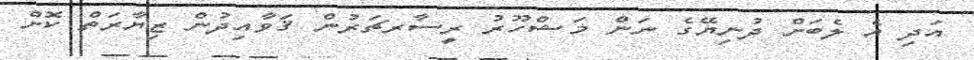
އަދި އެ ލެބަށް ދުނިޔޭގެ ނަން މަޝްހޫރު ރީސާރޗަރުން ޤަވާއިދުން ޒިޔާރަތް ކޮށް